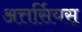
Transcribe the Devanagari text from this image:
अत्तर्सियस्